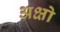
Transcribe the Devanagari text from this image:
अक्षो